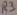
Text: R3